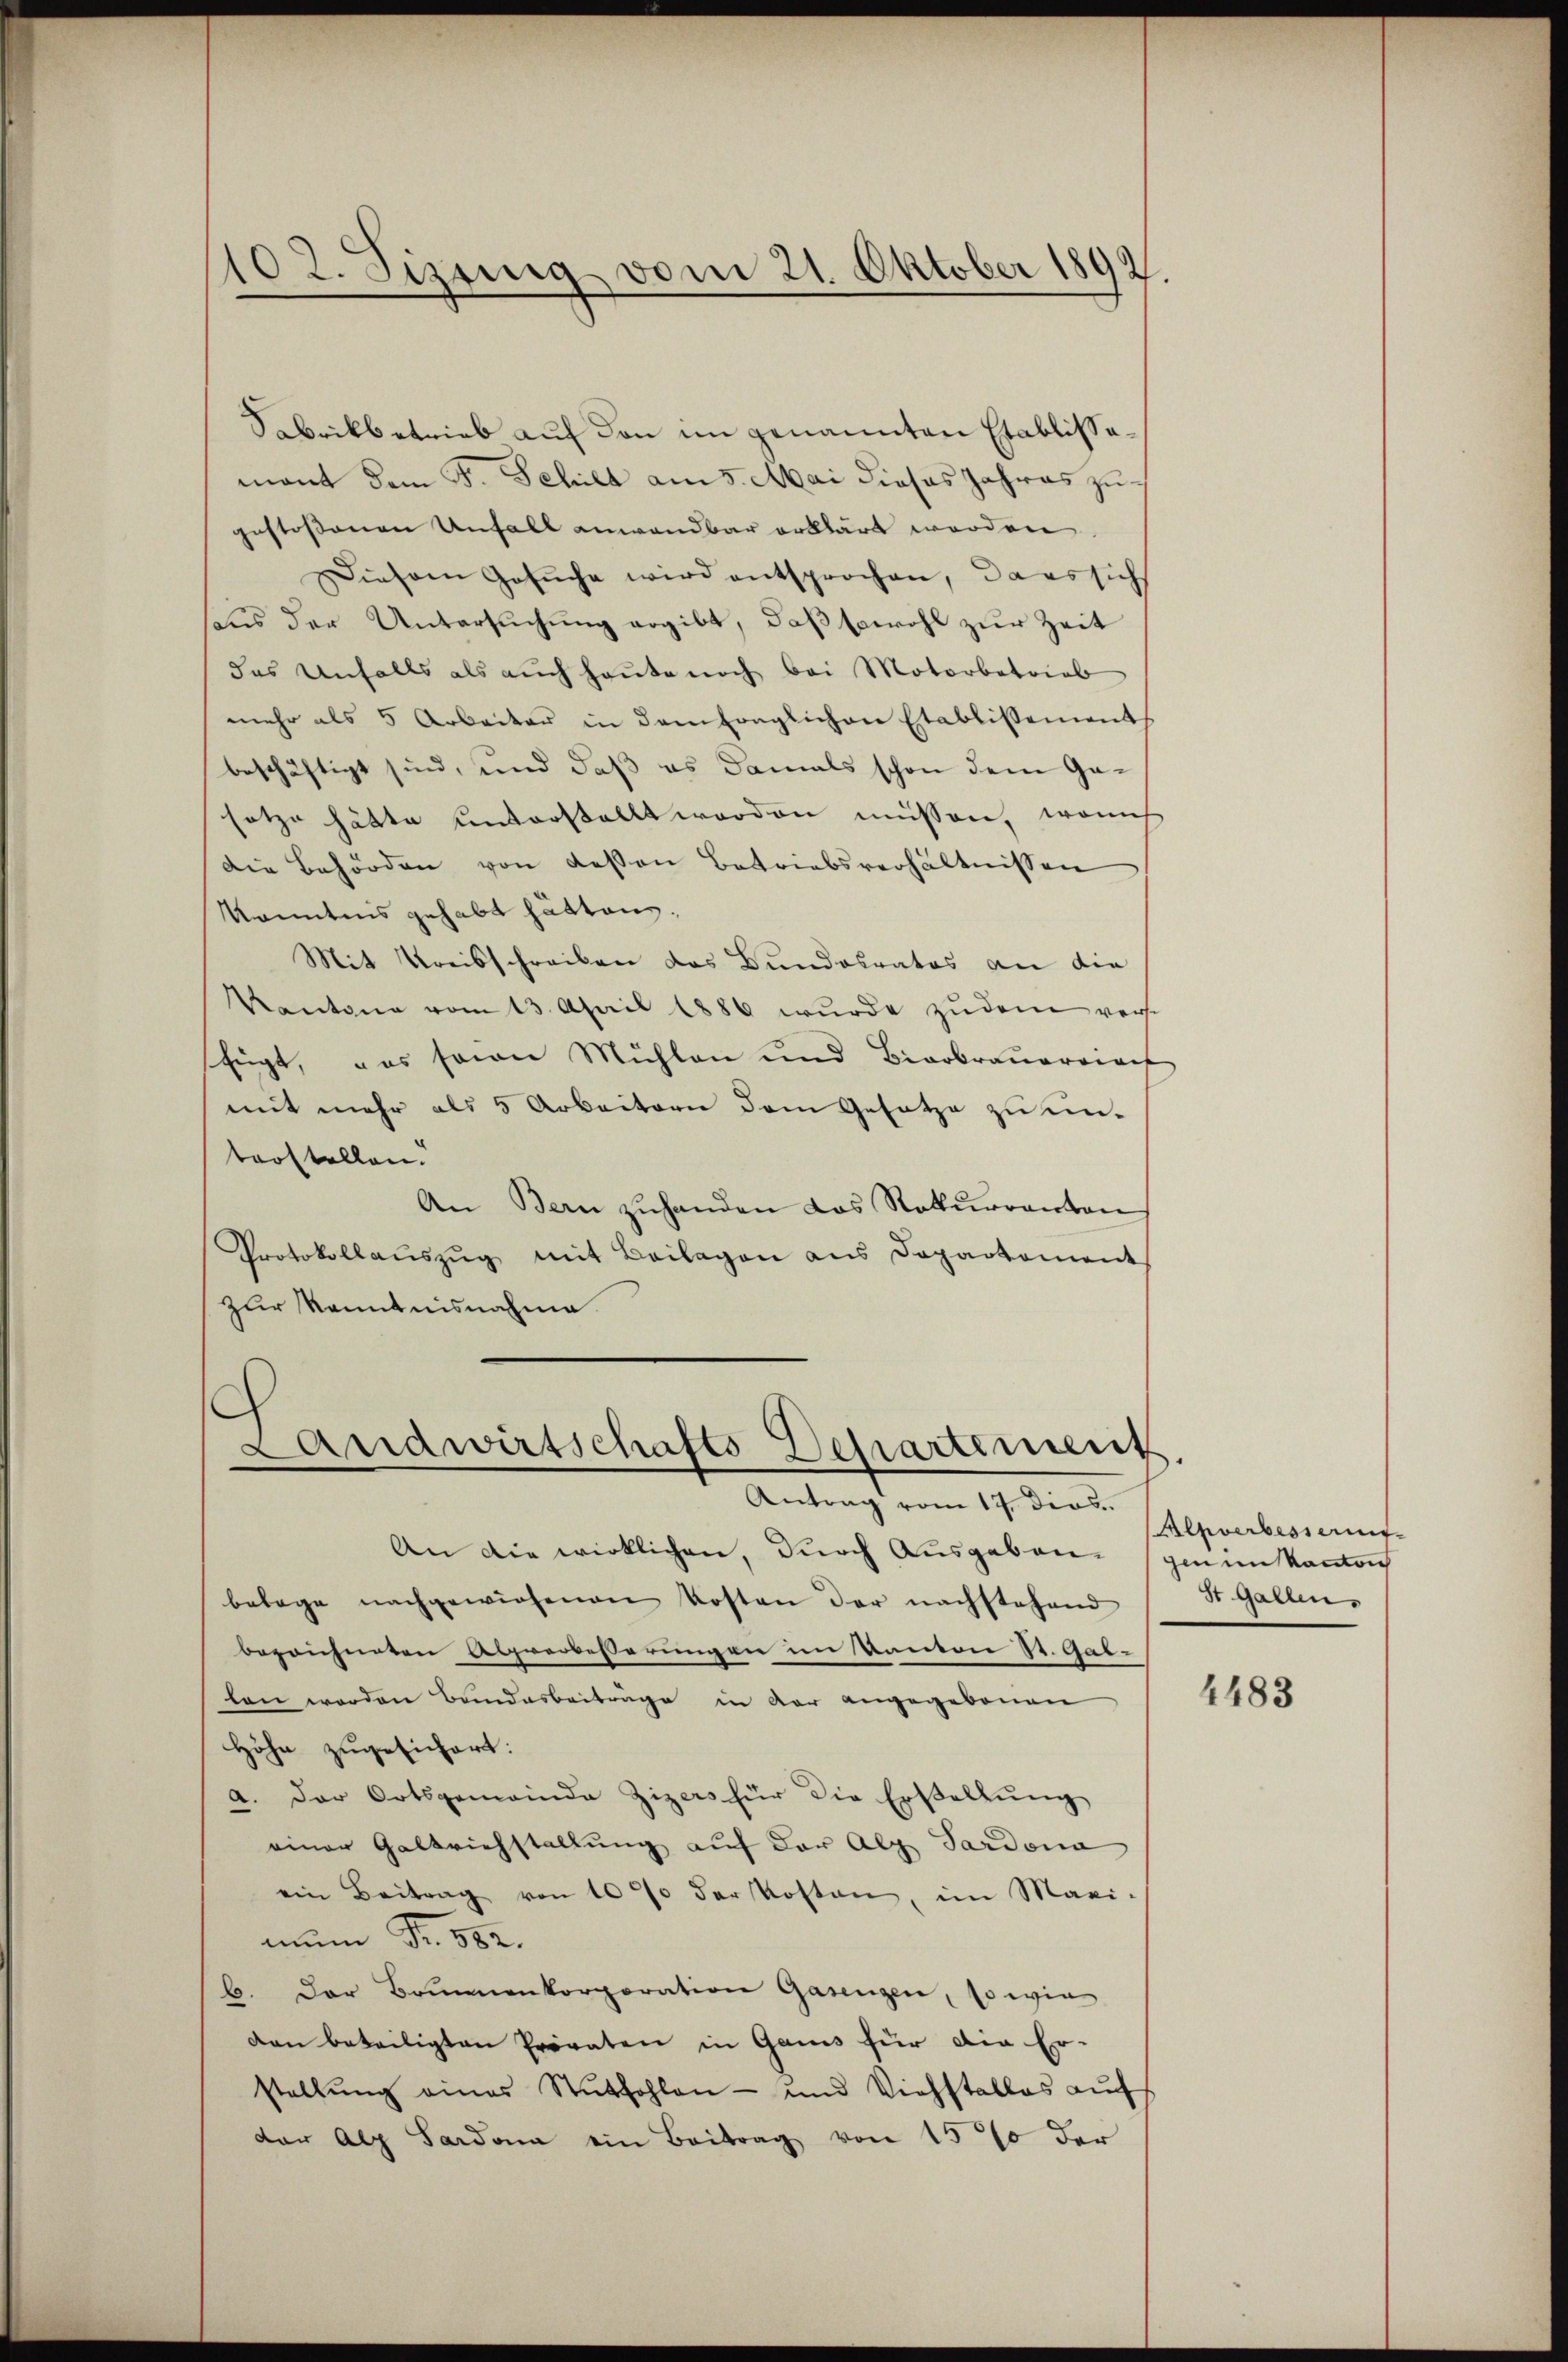
102. Sizeung vom 21. Oktober 1892.

Sabrikbetrieb auf den im genannten Etablissamant dem F. Schild am 5. Mai dieses Jahres zugestossenen Unfall anwendbar erklärt worden.
Diesem Gesŭche wird entsprochen, dass sich
haus der Untersuchung ergibt, daß sowohl zur Zeit
das Unfalls als auch heute noch bei Motorbetrieb
mehr als 5 Arbeiter in dem fraglichen Etablissement
beschäftigt sind, und daß es damals schon dem Gesotze hätte unterstellt worden müssen, weich
Die Behörden von dessen Betriebsverhältnissen
Kenntnis gehabt hättens,
Mit Kreisschreiben das Bundesrates an die
Kantone vom 13. April 1886 wŭrde zŭ dem verse
fügt, das seine Mühlen und Bierbraŭerrach
mit mehr als 5 Arbeitern dem Gesetze zu untarstellen.
An Bern zuhanden das Rekurrenton
Protokollaŭszŭg mit Beilagen ans Departement
zur Kenntnisnahme

An die wirklichen, durch Ausgaben genim kanton
belege nachgewiesenen Kosten der nachstehend
bezeichneten Abgrerbesserungen im Kanton St. Gal-
len worden Bundesbeiträge in der angegebenen
Höhe zugesichert:
a. Der Ortsgemeinde Zizers für die Erstellŭng
einer Galtrichstellung auf der Alp Sardona
ein Beitrag von 10% der Kosten, im Maxi-
num Fr. 582.
b. Der Brunnenkorporation Gasengen, so wie
dan beteiligten Privaten in Ganis für die Er-
stellŭng eines Stŭthohlen- und Viehstalles aŭf
der Alp Sardona ein Beitrag von 15% der

Landwirtschafts-Departement
Antrag vom 17. dies

Alpverbessens
St. Gallen.

4483